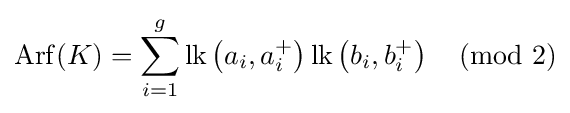
\operatorname {Arf} (K)=\sum \limits _{i=1}^{g}\operatorname {lk} \left(a_{i},a_{i}^{+}\right)\operatorname {lk} \left(b_{i},b_{i}^{+}\right){\pmod {2}}